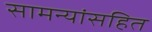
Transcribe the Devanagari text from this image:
सामन्यांसहित